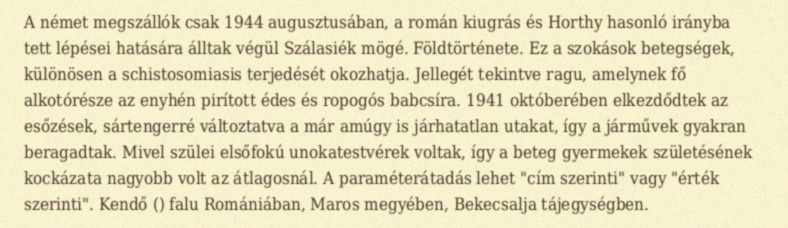
A német megszállók csak 1944 augusztusában, a román kiugrás és Horthy hasonló irányba tett lépései hatására álltak végül Szálasiék mögé. Földtörténete. Ez a szokások betegségek, különösen a schistosomiasis terjedését okozhatja. Jellegét tekintve ragu, amelynek fő alkotórésze az enyhén pirított édes és ropogós babcsíra. 1941 októberében elkezdődtek az esőzések, sártengerré változtatva a már amúgy is járhatatlan utakat, így a járművek gyakran beragadtak. Mivel szülei elsőfokú unokatestvérek voltak, így a beteg gyermekek születésének kockázata nagyobb volt az átlagosnál. A paraméterátadás lehet "cím szerinti" vagy "érték szerinti". Kendő () falu Romániában, Maros megyében, Bekecsalja tájegységben.